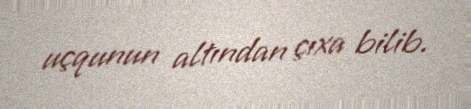
uçqunun altından çıxa bilib.